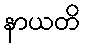
နာယတိ